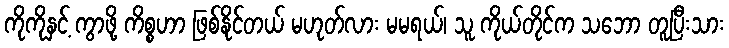
ကိုကိုနှင့် ကွာဖို့ ကိစ္စဟာ ဖြစ်နိုင်တယ် မဟုတ်လား မမရယ်၊ သူ ကိုယ်တိုင်က သဘော တူပြီးသား